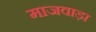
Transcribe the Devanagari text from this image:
माजवाड़ा